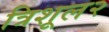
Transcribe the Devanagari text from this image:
त्रिशूल२